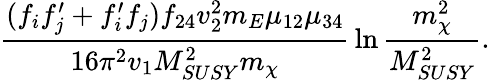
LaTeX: {\frac{(f_{i}f_{j}^{\prime}+f_{i}^{\prime}f_{j})f_{24}v_{2}^{2}m_{E}\mu_{12}\mu_{34}}{16\pi^{2}v_{1}M_{SUSY}^{2}m_{\chi}}}\ln{\frac{m_{\chi}^{2}}{M_{SUSY}^{2}}}.